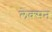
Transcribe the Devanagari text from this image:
लेक्सन